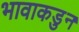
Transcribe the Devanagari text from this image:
भावाकडुन